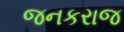
જનકરાજ